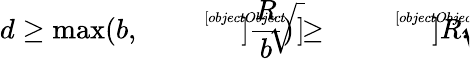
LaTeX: d\geq\operatorname*{max}(b,\sqrt[[objectObject]]]{\frac{R}{b}})\geq\sqrt[[objectObject]]]{R}.